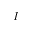
I